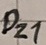
Text: DZ1